Vaccination in the Punjab 1905-1918 - 1905-1918
Year: 1905
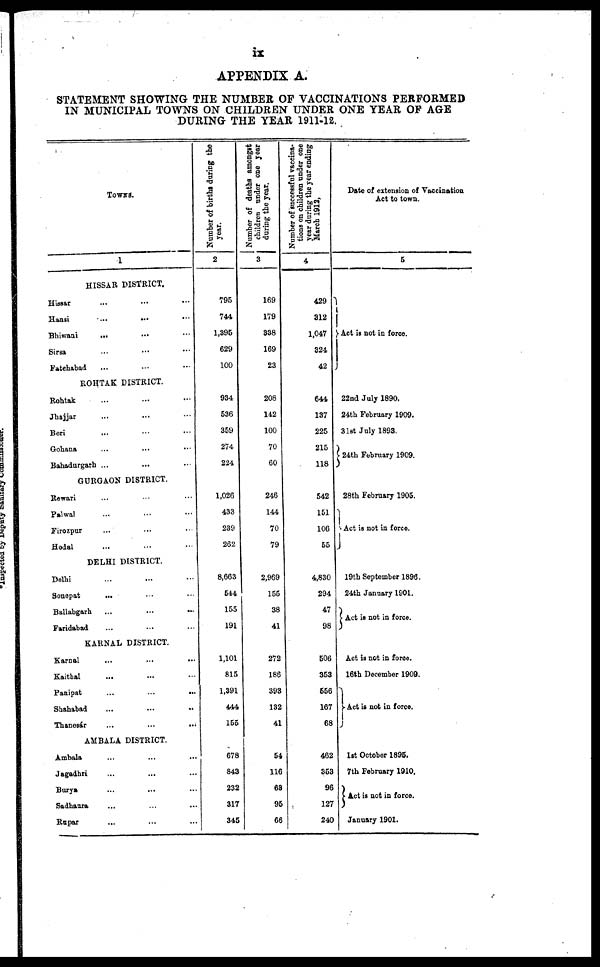
ix
APPENDIX A.
STATEMENT SHOWING THE NUMBER OF VACCINATIONS PERFORMED
IN MUNICIPAL TOWNS ON CHILDREN UNDER ONE YEAR OF AGE
DURING THE YEAR 1911-12.
TOWNS.
1
HISSAR DISTRICT.
Hissar ... ... ...
Hansi
...
...
...
Bhiwani ... ... ...
Sirsa ... ... ...
Fatehabad ... ... ...
ROHTAK DISTRICT.
Rohtak ... ... ...
Jhajjar ... ... ...
Beri ... ... ...
Gohana ... ... ...
Bahadurgarh ... ... ...
GURGAON DISTRICT.
Rewari ... ... ...
Palwal ... ... ...
Firozpur ... ... ...
Hodal ... ... ...
DELHI DISTRICT.
Delhi ... ... ...
Sonepat ... ... ...
Ballabgarh ... ... ...
Faridabad ... ... ...
KARNAL DISTRICT.
Karnal ... ... ...
Kaithal ... ... ...
Panipat ... ... ...
Shahabad ... ... ...
Thanesár ... ... ...
AMBALA DISTRICT.
Ambala ... ... ...
Jagadhri ... ... ...
Burya ... ... ...
Sadhaura ... ... ...
Rupar ... ... ...
Number of births during the
year.
2
795
744
1,395
629
100
934
536
359
274
224
1,026
433
239
262
8,663
544
155
191
1,101
815
1,391
444
155
678
843
232
317
345
Number of deaths amongst
children under one year
during the year.
3
169
179
338
169
23
208
142
100
70
60
246
144
70
79
2,969
155
38
41
272
186
393
132
41
54
116
63
95
66
Number of successful vaccina-
tions on children under one
year during the year ending
March 1912,
4
429
312
1,047
324
42
644
137
225
215
118
542
151
106
55
4,830
294
47
98
506
353
556
167
68
462
353
96
127
240
Date of extension of Vaccination
Act to town.
5
Act is not in force.
22nd July 1890.
24th February 1909.
31st July 1893.
24th February 1909.
28th February 1905.
Act is not in force.
19th September 1896.
24th January 1901.
Act is not in force.
Act is not in force.
16th December 1909.
Act is not in force.
1st October 1895.
7th February 1910.
Act is not in force.
January 1901.